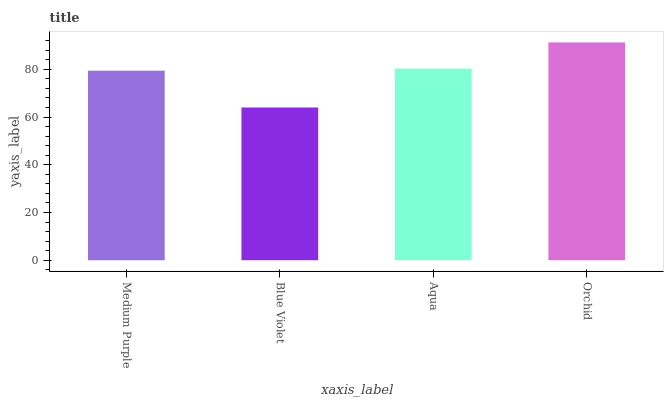
| xaxis_label | bars |
 | --- | --- |
 | Medium Purple | 79.4 |
 | Blue Violet | 64 |
 | Aqua | 80.3 |
 | Orchid | 91.3 |